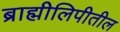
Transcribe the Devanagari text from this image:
ब्राह्मीलिपीतील